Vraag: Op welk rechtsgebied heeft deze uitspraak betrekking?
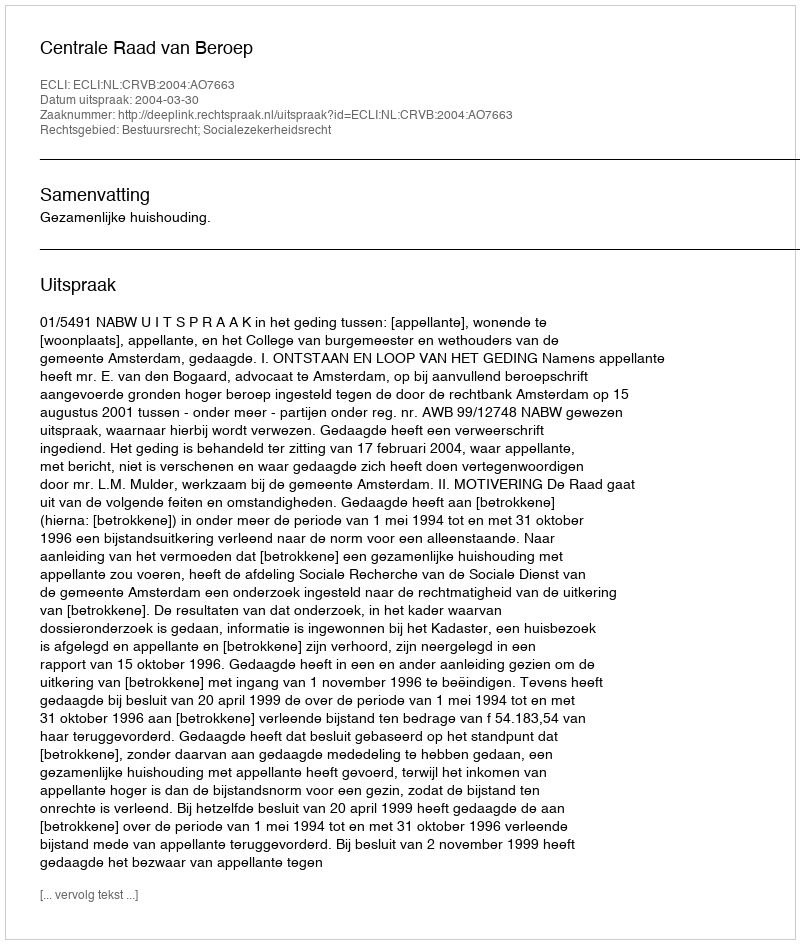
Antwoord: Bestuursrecht; Socialezekerheidsrecht